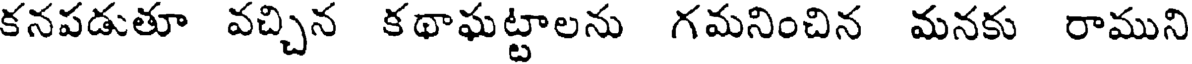
కనపడుతూ వచ్చిన కథాఘట్టాలను గమనించిన మనకు రాముని